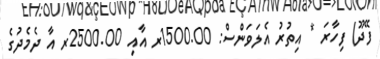
ފޭދޫ) ފިހާރަ * އިތުރު އެލަވަންސް: 1500.00ރ އާއި 2500.00ރ އާ ދެމެދުގެ